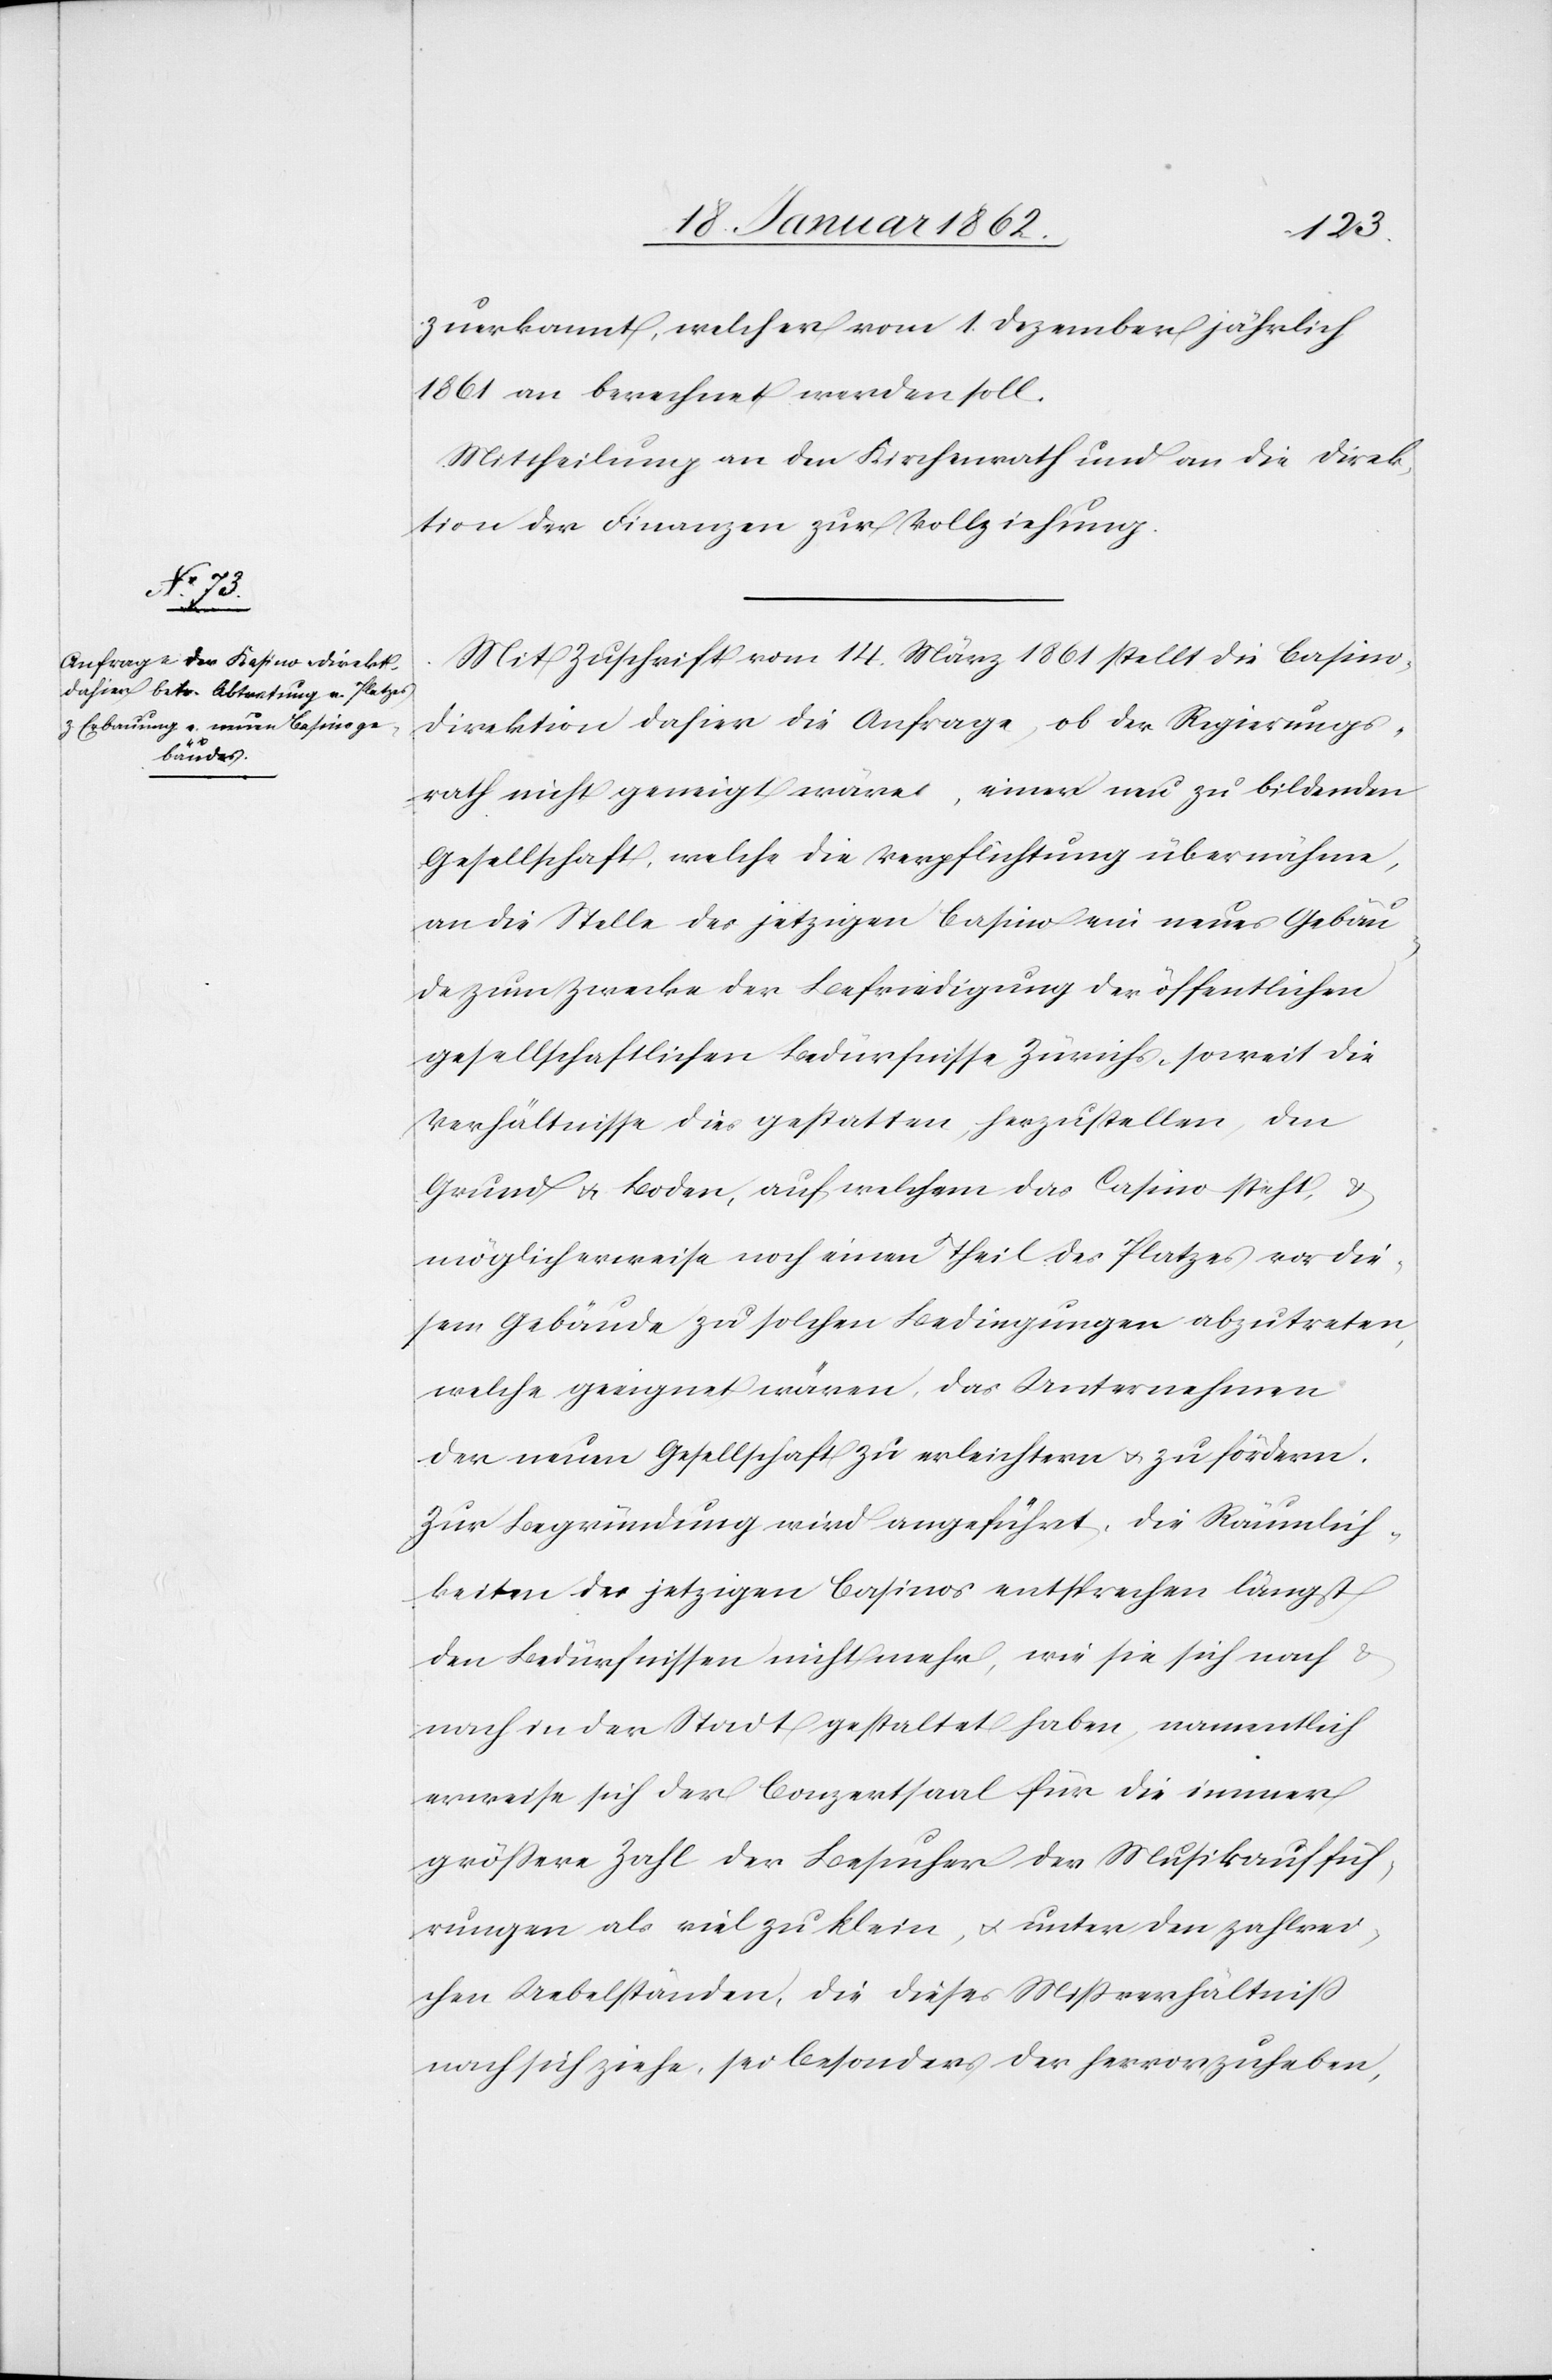
zuerkannt, welcher vom 1. Dezember jährlich
1861 an berechnet werden soll.
Mittheilung an den Kirchenrath und an die Direk¬
tion der Finanzen zur Vollziehung.
Mit Zuschrift vom 14. März 1861 stellt die Casino¬
direktion dahier die Anfrage, ob der Regierungs¬
rath nicht geneigt wäre, einer neu zu bildenden
Gesellschaft, welche die Verpflichtung übernähme,
an die Stelle des jetzigen Casino ein neues Gebäu¬
de zum Zwecke der Befriedigung der öffentlichen
gesellschaftlichen Bedürfnisse Zürichs, soweit die
Verhältnisse dies gestatten, herzustellen, den
Grund u. Boden, auf welchem das Casino steht, u.
möglicherweise noch einen Theil des Platzes vor die¬
sem Gebäude zu solchen Bedingungen abzutreten,
welche geeignet wären, das Unternehmen
der neuen Gesellschaft zu erleichtern u. zu fördern.
Zur Begründung wird angeführt, die Räumlich¬
keiten des jetzigen Casinos entsprechen längst
den Bedürfnissen nicht mehr, wie sie sich nach u.
nach in der Stadt gestaltet haben, namentlich
erweise sich der Conzertsaal für die immer
größere Zahl der Besucher der Musikauffüh¬
rungen als viel zu klein, u. unter den zahlrei¬
chen Uebelständen, die dieses Mißverhältniß
nach sich ziehe, sei besonders der hervorzuheben,